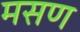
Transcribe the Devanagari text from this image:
मसण